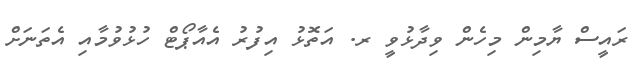
ރައީސް ޔާމިން މިހެން ވިދާޅުވީ ރ. އަތޮޅު އިފުރު އެއާޕޯޓް ހުޅުވުމާއި އެތަނަށް